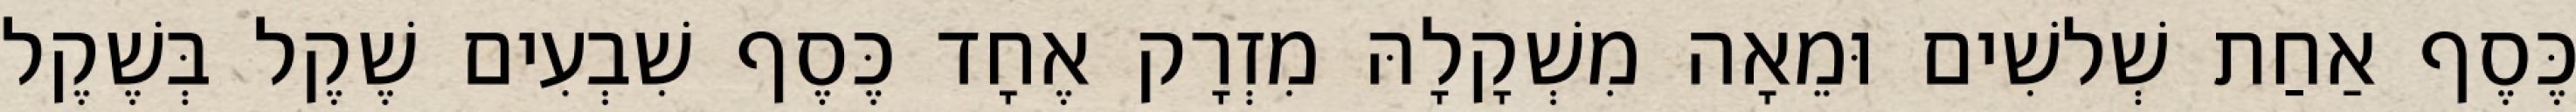
כֶּסֶף אַחַת שְׁלשִׁים וּמֵאָה מִשְׁקָלָהּ מִזְרָק אֶחָד כֶּסֶף שִׁבְעִים שֶׁקֶל בְּשֶׁקֶל